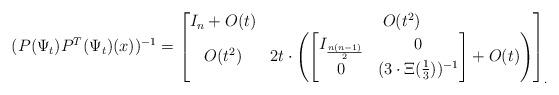
LaTeX: \begin{align*} (P(\Psi_t)P^T(\Psi_t)(x))^{-1}=\begin{bmatrix}I_n+O(t) & O(t^2)\\O(t^2) & 2t\cdot \begin{pmatrix}\begin{bmatrix} I_{\frac{n(n-1)}{2}} & 0\\ 0 & (3\cdot \Xi(\frac{1}{3}))^{-1}\end{bmatrix}+O(t)\end{pmatrix}\end{bmatrix}_.\end{align*}